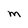
Character: M